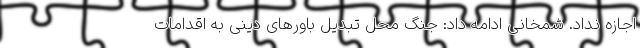
اجازه نداد. شمخانی ادامه داد: جنگ محل تبدیل باورهای دینی به اقدامات